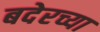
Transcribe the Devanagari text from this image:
बदेरच्या